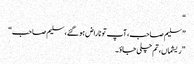
“
”سلیم صاحب، آپ تو ناراض ہو گئے، سلیم صاحب“
”ریشماں، تم چلی جاؤ۔